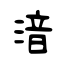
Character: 湆